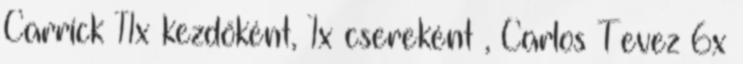
Carrick 11x kezdőként, 1x csereként , Carlos Tevez 6x